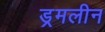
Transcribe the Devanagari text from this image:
ड्रमलीन